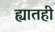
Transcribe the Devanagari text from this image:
ह्यातही